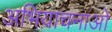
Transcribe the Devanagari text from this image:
अभियाचनाओं